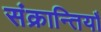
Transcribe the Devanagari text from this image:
संक्रान्तियाँ